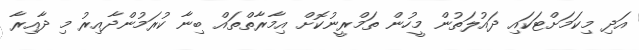
އަދި މިކަމަށްޓަކައި ދައުލަތުން މީހުން ތަމްރީނުކޮށް އިމާރާތްތައް ބިނާ ކުރަމުންދާއިރު މި ދާއިރާ